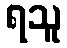
ရသူ